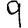
Digit: 9